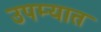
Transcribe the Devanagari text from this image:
उपम्यात